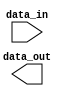
module dont_care_block(
    input wire [3:0] data_in,
    output wire [3:0] data_out
);

reg [3:0] state;

always @(*) begin
    case(state)
        0: begin // Do something when state is 0
            // Specific logic when state is 0
        end
        1: begin // Do something when state is 1
            // Specific logic when state is 1
        end
        2: begin // Do something when state is 2
            // Specific logic when state is 2
        end
        default: begin // Don't care case
            // Logic for don't care case
        end
    endcase
end

endmodule